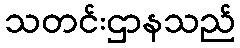
သတင်းဌာနသည်